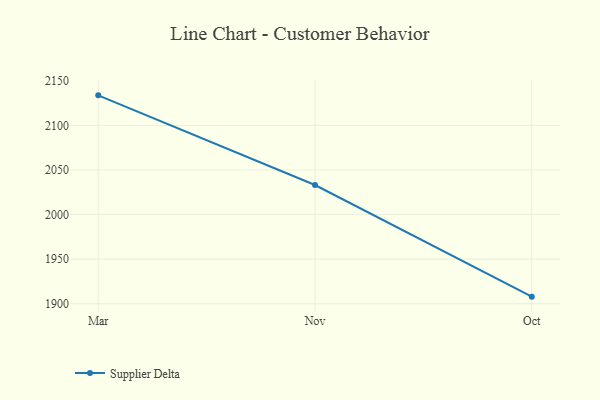
{"axis": {"x": "Month", "y": "Website Visitors"}, "legend": ["Supplier Delta"], "data": [{"x": "Mar", "y": 2133.7, "type": "Supplier Delta"}, {"x": "Nov", "y": 2033.1, "type": "Supplier Delta"}, {"x": "Oct", "y": 1907.9, "type": "Supplier Delta"}]}